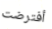
أفترضت